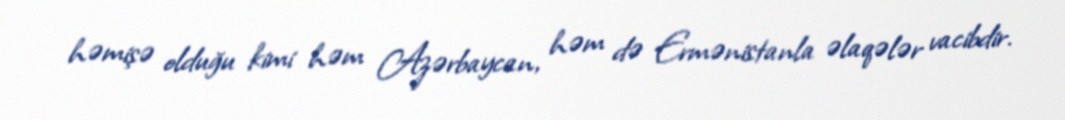
həmişə olduğu kimi həm Azərbaycan, həm də Ermənistanla əlaqələr vacibdir.